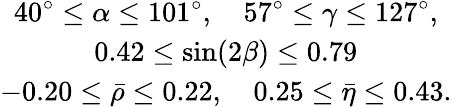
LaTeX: \begin{array}{c}{{40^{\circ}\leq\alpha\leq 101^{\circ},\quad 57^{\circ}\leq\gamma\leq 127^{\circ},}}\\ {{0.42\leq\sin\! \left(2\beta\right)\leq 0.79}}\\ {{-0.20\leq\bar{\rho}\leq 0.22,\quad 0.25\leq\bar{\eta}\leq 0.43.}}\end{array}